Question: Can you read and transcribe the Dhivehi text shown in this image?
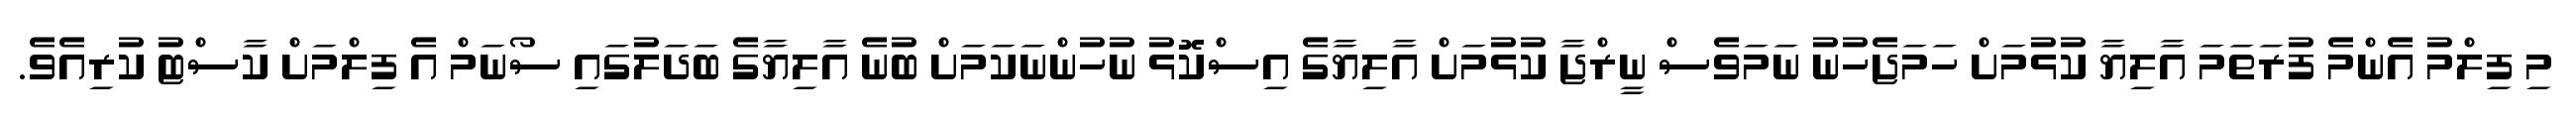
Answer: މި ފިލްމު އެންމެ ފުރަތަމަ އާލިޔާ ކުޅުމަށް ހަމަޖެހުނު ނަމަވެސް ނީރްޖާ ކުޅުމަށް އާލިޔާގެ އިސްކޮޅު ނުހުންނަކަމަށް ބުނެ އާލިޔާގެ ބަދަލުގައި ސޯނަމް އެ ފިލްމަށް ކާސްޓު ކުރިއެވެ.